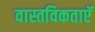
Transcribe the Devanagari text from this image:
वास्तविकताएॅ